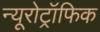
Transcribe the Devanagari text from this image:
न्यूरोट्रॉफिक